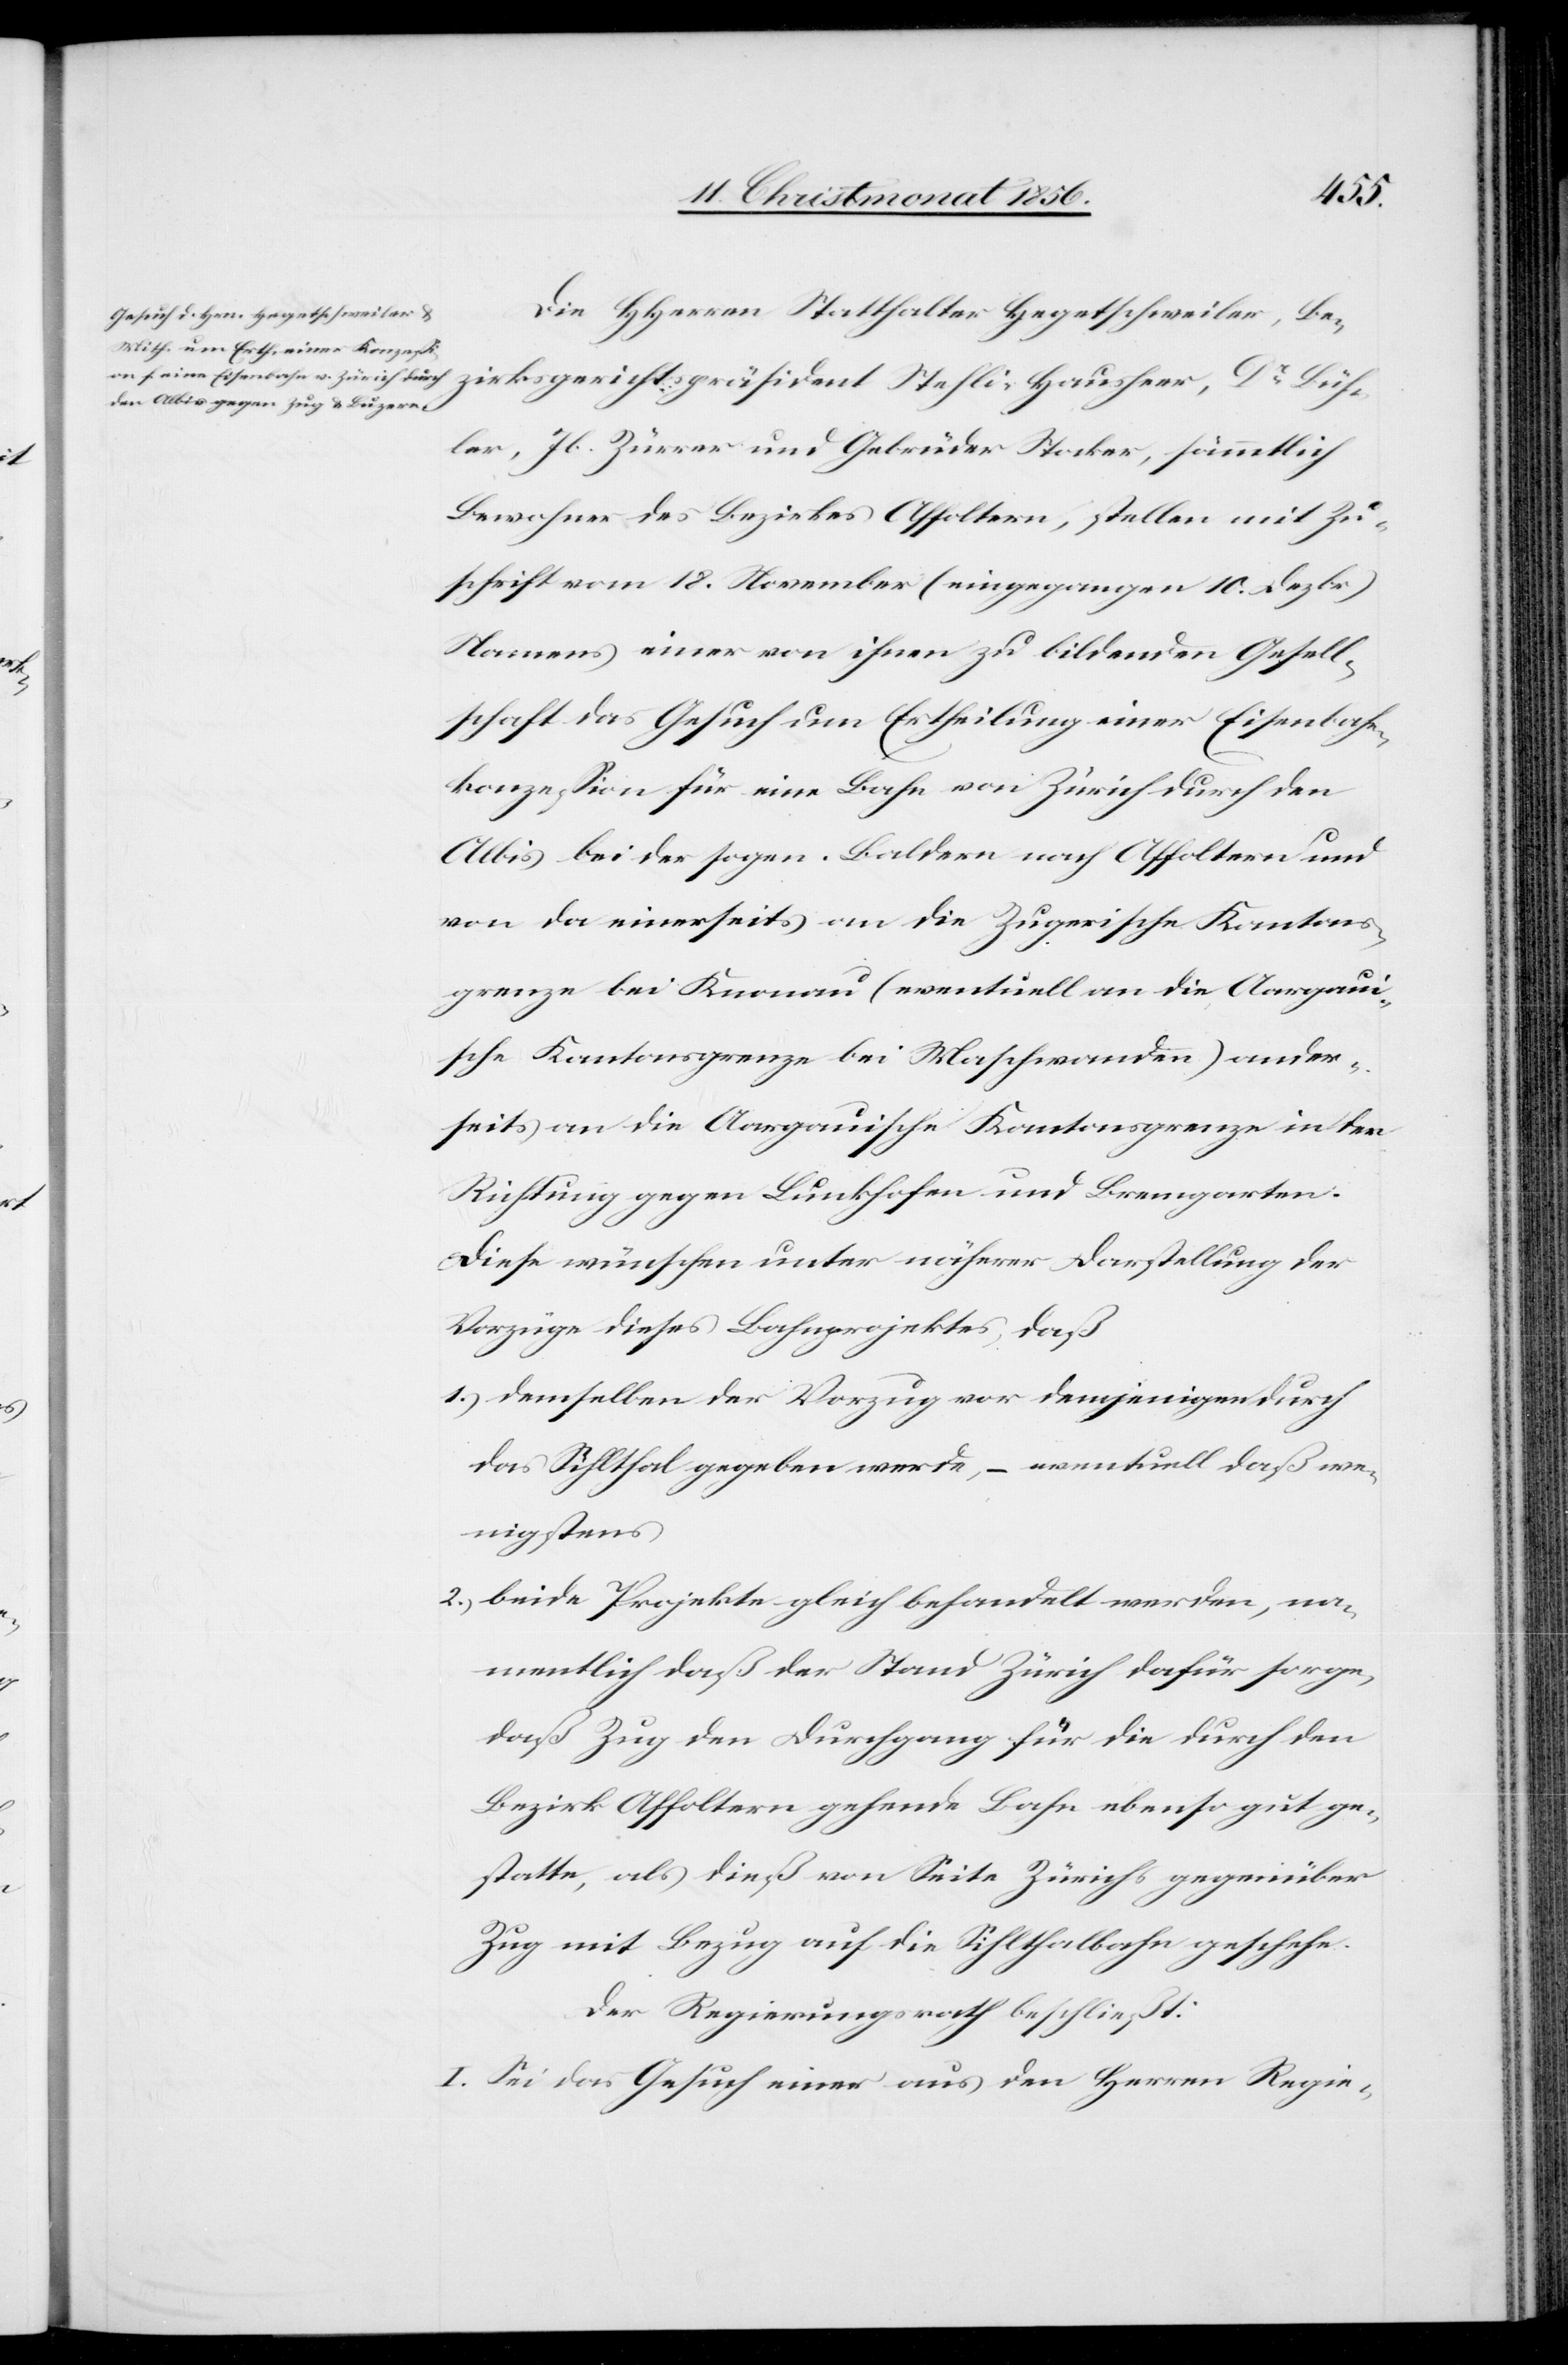
Büh¬
Die HHerren Statthalter Hegetschweiler, Bezir¬
ler, Jb. Zürrer und Gebrüder Stocker, sämmtlich
Bewohner des Bezirkes Affoltern, stellten mit Zu¬
schrift vom 18. November (eingegangen 10. Dezbr)
Namens einer von ihnen zu bildenden Gesell¬
schaft das Gesuch um Ertheilung einer Eisenbahn¬
konzession für eine Bahn von Zürich durch den
Albis bei der sogen. Baldern nach Affoltern und
von da einerseits an die Zugerische Kantons¬
grenze bei Knonau (eventuell an die Aargaui¬
sche Kantonsgrenze bei Maschwanden) ander¬
seits an die Aargauische Kantonsgrenze in der
Richtung gegen Lunkhofen und Bremgarten.
Diese wünschen unter näherer Darstellung der
Vorzüge dieses Bahnprojektes, daß
1.) demselben der Vorzug vor demjenigen durch
das Sihlthal gegeben werde, – eventuell daß we¬
nigstens
2.) beide Projekte gleich behandelt werden, na¬
mentlich daß der Stand Zürich dafür sorge,
daß Zug den Durchgang für die durch den
Bezirk Affoltern gehende Bahn ebenso gut ge¬
statte, als dieß von Seite Zürichs gegenüber
Zug mit Bezug auf die Sihlthalbahn geschehe.
Der Regierungsrath beschließt:
I. Sei das Gesuch einer aus den Herren Regie-